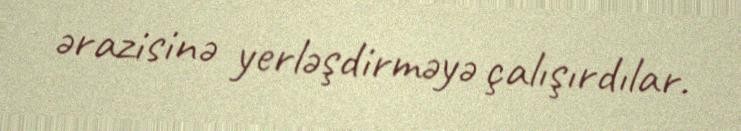
ərazisinə yerləşdirməyə çalışırdılar.